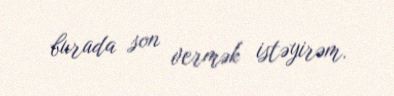
burada son vermək istəyirəm.